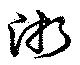
浙